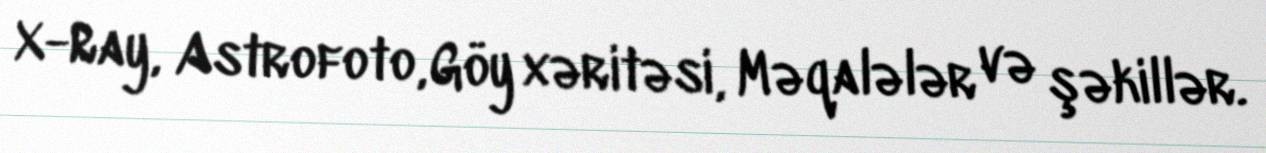
X-Ray, Astrofoto, Göy xəritəsi, Məqalələr və şəkillər.